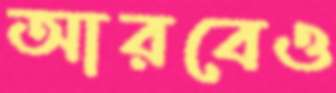
আরবেও